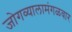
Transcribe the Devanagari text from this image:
जोगव्यालामंगळवार